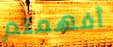
أفهمتم